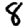
Digit: 8